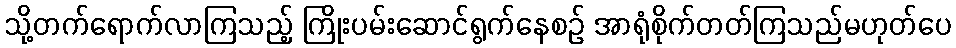
သို့တက်ရောက်လာကြသည့် ကြိုးပမ်းဆောင်ရွက်နေစဉ် အာရုံစိုက်တတ်ကြသည်မဟုတ်ပေ